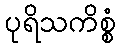
ပုရိသကိစ္စံ